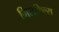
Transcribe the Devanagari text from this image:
मिराकिल्स